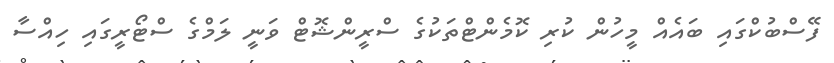
ފޭސްބުކްގައި ބައެއް މީހުން ކުރި ކޮމެންޓްތަކުގެ ސްރީންޝޮޓް ވަނީ ލަމްގެ ސްޓޯރީގައި ހިއްސާ